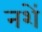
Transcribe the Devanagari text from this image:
नशें